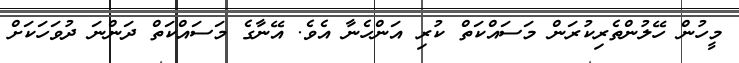
މީހުން ހޭލުންތެރިކުރަން މަސައްކަތް ކުރި އަންހެނާ އެވެ. އޭނާގެ މަސައްކަތް ދަންނަ ދުވަހަކަށް